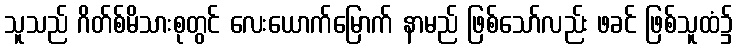
သူသည် ဂိတ်စ်မိသားစုတွင် လေးယောက်မြောက် နာမည် ဖြစ်သော်လည်း ဖခင် ဖြစ်သူထံ၌